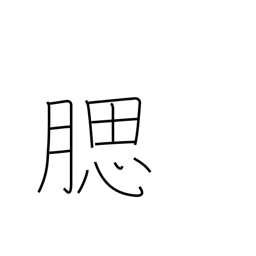
Meaning: jaw